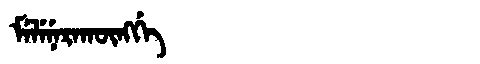
Manchu: ᠮᡝᠯᡝᠨᡝᡵᠠᡴᡡᠩᡤᡝ
Romanization: MELENERAKŪNGGE